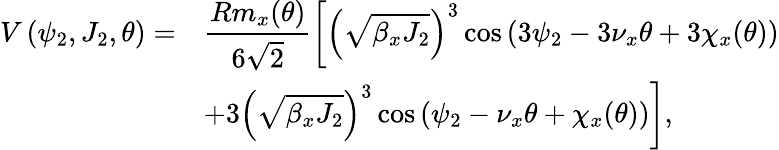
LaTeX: \begin{array}{cl}{\displaystyle V\left(\psi_{2},J_{2},\theta\right)=}&{\displaystyle\frac{Rm_{x}(\theta)}{6\sqrt 2}\left[\left(\sqrt{\beta_{x}J_{2}}\right)^{3}\cos\left(3\psi_{2}-3\nu_{x}\theta+3\chi_{x}(\theta)\right)\right.}\\ {\displaystyle}&{\displaystyle\left.+3\left(\sqrt{\beta_{x}J_{2}}\right)^{3}\cos\left(\psi_{2}-\nu_{x}\theta+\chi_{x}(\theta)\right)\right],}\end{array}